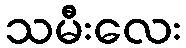
သမီးလေး